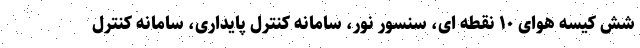
شش کیسه هوای ۱۰ نقطه ای، سنسور نور، سامانه کنترل پایداری، سامانه کنترل